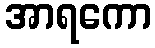
အာရကော